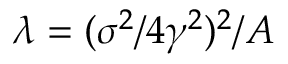
\lambda = ( \sigma ^ { 2 } / 4 \gamma ^ { 2 } ) ^ { 2 } / A